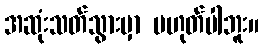
အဆုံးသတ်သွားမှာ မဟုတ်ပါဘူး။